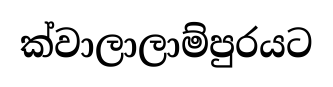
ක්වාලාලාම්පුරයට